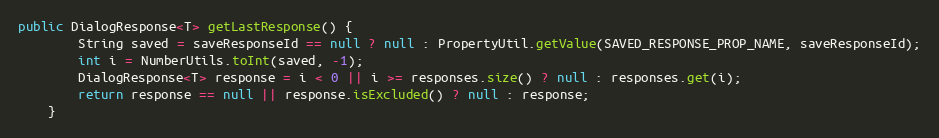
Language: Java
public DialogResponse<T> getLastResponse() {
        String saved = saveResponseId == null ? null : PropertyUtil.getValue(SAVED_RESPONSE_PROP_NAME, saveResponseId);
        int i = NumberUtils.toInt(saved, -1);
        DialogResponse<T> response = i < 0 || i >= responses.size() ? null : responses.get(i);
        return response == null || response.isExcluded() ? null : response;
    }